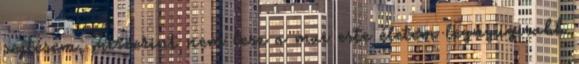
sejtésem, miszerint nem lesz a mai este életem legnyugisabb